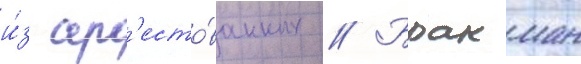
и́з ар'есто́ванных // Бракман